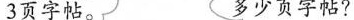
3页字帖 多少页字帖？